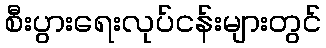
စီးပွားရေးလုပ်ငန်းများတွင်